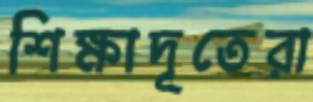
শিক্ষাদূতেরা